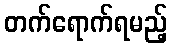
တက်ရောက်ရမည့်